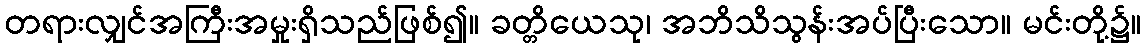
တရားလျှင်အကြီးအမှုးရှိသည်ဖြစ်၍။ ခတ္တိယေသု၊ အဘိသိသွန်းအပ်ပြီးသော။ မင်းတို့၌။